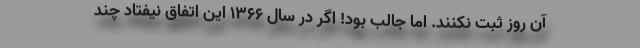
آن روز ثبت نکنند. اما جالب بود! اگر در سال 1366 این اتفاق نیفتاد چند